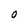
Character: O